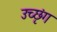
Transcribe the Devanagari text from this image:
उच्छृंग